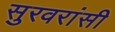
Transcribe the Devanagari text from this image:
सुरवरांसी